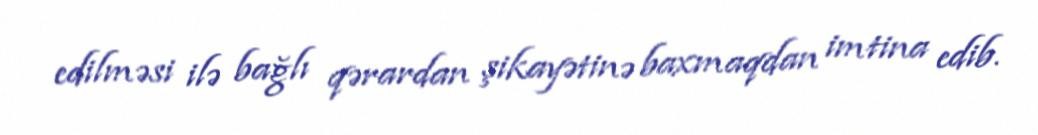
edilməsi ilə bağlı qərardan şikayətinə baxmaqdan imtina edib.